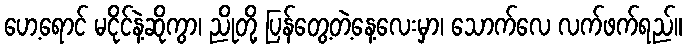
ဟေ့ရောင် မငိုင်နဲ့ဆိုကွာ၊ ညိုတို့ ပြန်တွေ့တဲ့နေ့လေးမှာ၊ သောက်လေ လက်ဖက်ရည်။